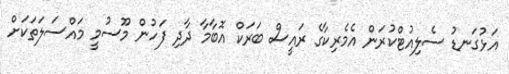
އަޅުގަނޑު ސެލިއުޓްކުރަން އެމެރިކާގެ ރައީސް ބަރަކް އޮބާމާ ދާދި ފަހުން މޫސުމީ މައްސަލަތަކަށް